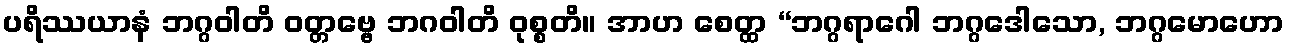
ပရိဿယာနံ ဘဂ္ဂဝါတိ ဝတ္တဗ္ဗေ ဘဂဝါတိ ဝုစ္စတိ။ အာဟ စေတ္ထ “ဘဂ္ဂရာဂေါ ဘဂ္ဂဒေါသော, ဘဂ္ဂမောဟော